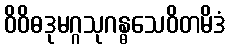
ဝိဝိဓဒုမဂ္ဂသုဂန္ဓသေဝိတမိဒံ